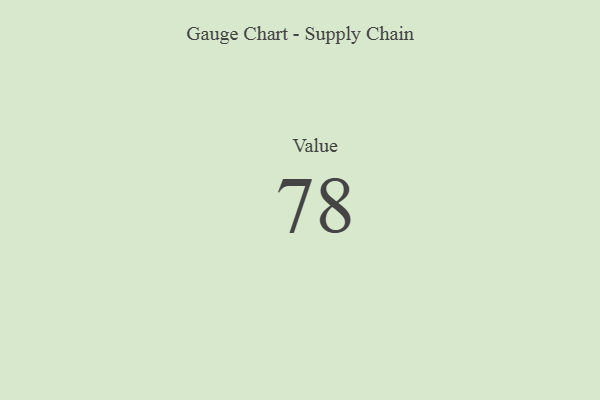
{"axis": {"x": "Metric", "y": "Value"}, "legend": [""], "data": [{"x": "Value", "y": 78, "type": ""}]}